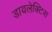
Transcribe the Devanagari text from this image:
डायलेक्टिस